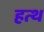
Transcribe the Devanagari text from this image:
हत्थ